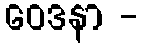
ဝေဒနာ -